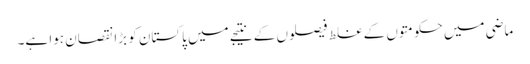
ماضی میں حکومتوں کے غلط فیصلوں کے نتیجے میں پاکستان کو بڑا نقصان ہوا ہے۔